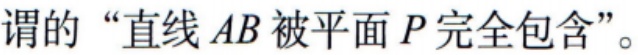
谓的“直线\(AB\)被平面\(P\)完全包含”。